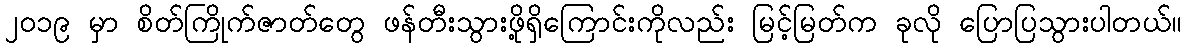
၂၀၁၉ မှာ စိတ်ကြိုက်ဇာတ်တွေ ဖန်တီးသွားဖို့ရှိကြောင်းကိုလည်း မြင့်မြတ်က ခုလို ပြောပြသွားပါတယ်။